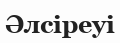
Әлсіреуі